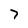
Character: 7